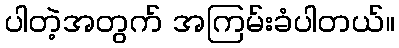
ပါတဲ့အတွက် အကြမ်းခံပါတယ်။